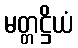
မတ္တဋ္ဌိယံ